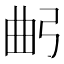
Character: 𢏢